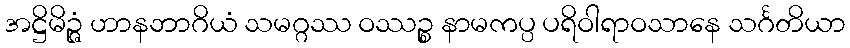
အဋ္ဌိမိဉ္ဇံ ဟာနဘာဂိယံ သမဂ္ဂဿ ဝဿဉ္စ နာမကပ္ပ ပရိဝါရာဝသာနေ သင်္ဂတိယာ